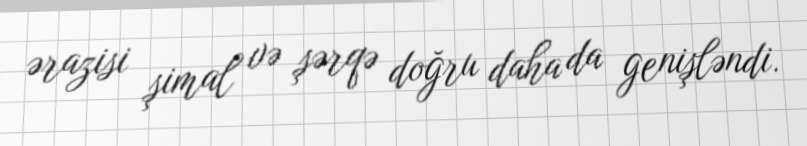
ərazisi şimal və şərqə doğru daha da genişləndi.